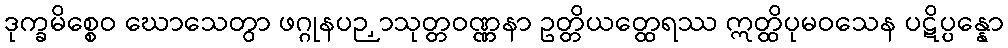
ဒုက္ခမိစ္စေဝ ဃောသေတွာ ဖဂ္ဂုနပဉှာသုတ္တဝဏ္ဏနာ ဥတ္တိယတ္ထေရဿ ဣတ္ထိပုမဝသေန ပဋိပ္ပန္နော